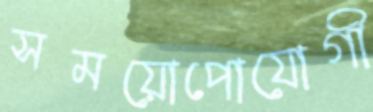
সময়োপোযোগী